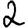
Digit: 2